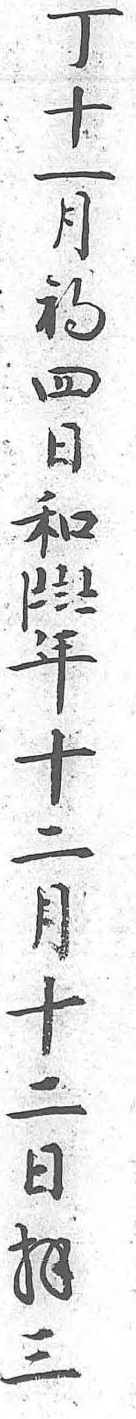
當事丁十一月初四日和〡〧〨〧年十二月十二日拜三